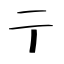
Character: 亍